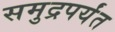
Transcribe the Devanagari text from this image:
समुद्रपर्यंत